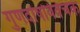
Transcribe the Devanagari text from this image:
गुणदोषविवेचक